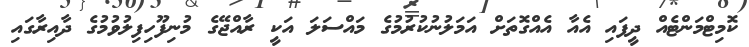
ކޮމިޓްމަންޓެއް ދީފައި އެއާ އެއްގޮތަށް އަމަލުނުކުރުމުގެ މައްސަލަ އަކީ ރާއްޖޭގެ މުނިފޫހިފިލުވުމުގެ ދާއިރާގައި